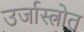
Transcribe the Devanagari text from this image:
उर्जास्त्रोत